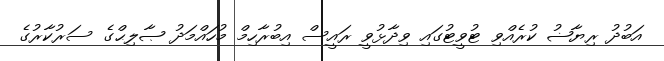
އަބުދު ރިޔާޟު ކުރެއްވި ޓުވީޓުގައި ވިދާޅުވީ ރައީސް އިބުރާހިމް މުހައްމަދު ޞާލިޙްގެ ސަރުކާރުގެ